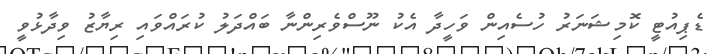
ޑެޕިއުޓީ ކޮމިޝަނަރު ހުސެއިން ވަހީދާ އެކު ނޫސްވެރިންނާ ބައްދަލު ކުރައްވައި ރިޔާޒު ވިދާޅުވީ